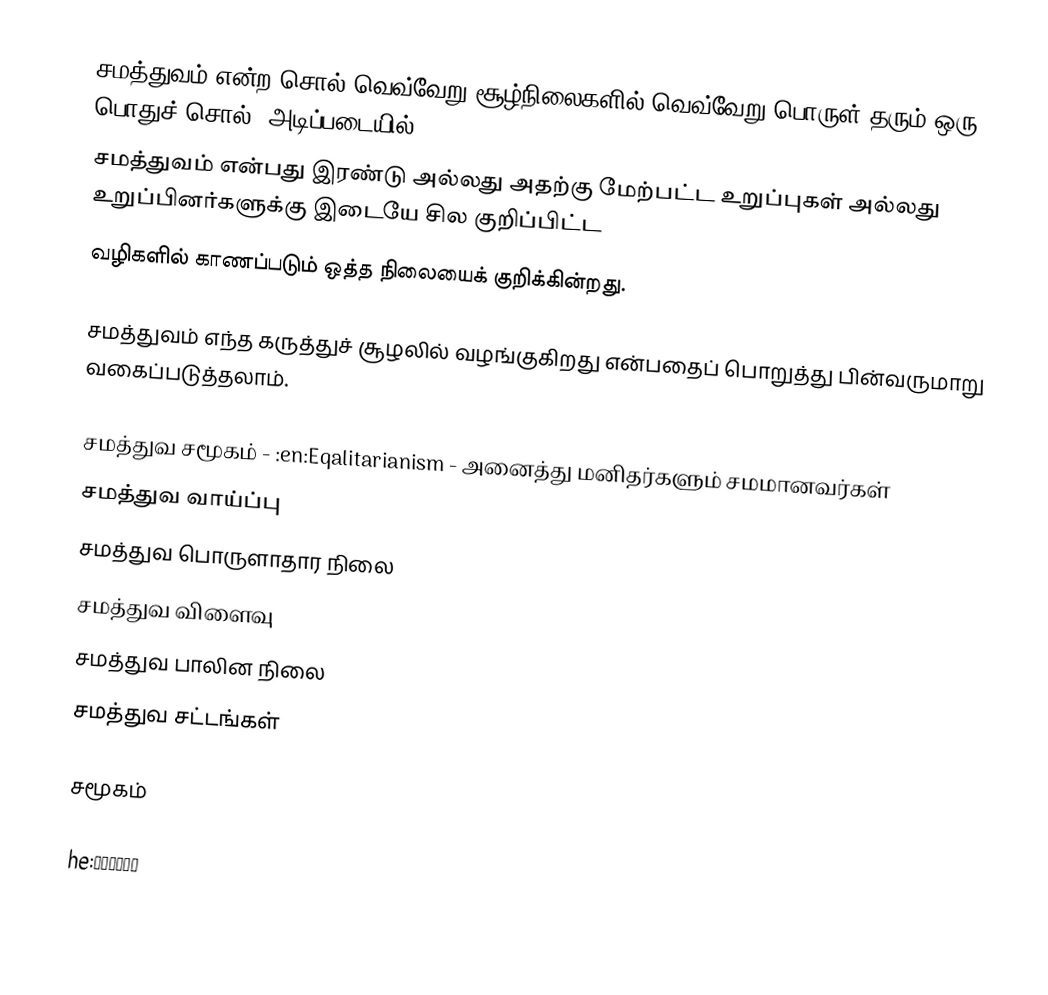
சமத்துவம் என்ற சொல் வெவ்வேறு சூழ்நிலைகளில் வெவ்வேறு பொருள் தரும் ஒரு பொதுச் சொல்.  அடிப்படையில்
சமத்துவம் என்பது இரண்டு அல்லது அதற்கு மேற்பட்ட உறுப்புகள் அல்லது உறுப்பினர்களுக்கு இடையே சில குறிப்பிட்ட
வழிகளில் காணப்படும் ஒத்த நிலையைக் குறிக்கின்றது.

சமத்துவம் எந்த கருத்துச் சூழலில் வழங்குகிறது என்பதைப் பொறுத்து பின்வருமாறு வகைப்படுத்தலாம்.

 சமத்துவ சமூகம் - :en:Eqalitarianism - அனைத்து மனிதர்களும் சமமானவர்கள்
 சமத்துவ வாய்ப்பு
 சமத்துவ பொருளாதார நிலை
 சமத்துவ விளைவு
 சமத்துவ பாலின நிலை
 சமத்துவ சட்டங்கள்

சமூகம்

he:שוויון